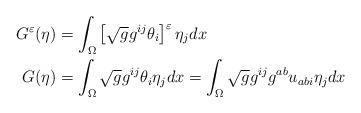
LaTeX: \begin{align*}G^{\varepsilon}(\eta) & =\int_{\Omega}\left[ \sqrt{g}g^{ij}\theta_{i}\right] ^{\varepsilon}\eta_{j}dx\\G(\eta) & =\int_{\Omega}\sqrt{g}g^{ij}\theta_{i}\eta_{j}dx=\int_{\Omega}\sqrt{g}g^{ij} g^{ab}u_{abi}\eta_{j}dx\end{align*}